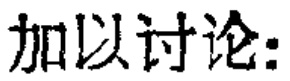
加以讨论: